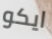
ايكو